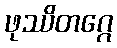
ဖုဿိတဂ္ဂေ